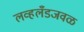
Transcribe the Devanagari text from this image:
लव्हलँडजवळ